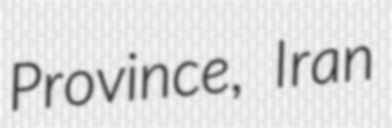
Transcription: Province, Iran